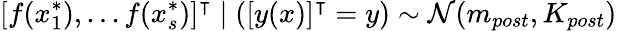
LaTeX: [f(x_{1}^{*}),...f(x_{s}^{*})]^{\intercal}\mid([y(x)]^{\intercal}=y)\sim{\mathcal{N}}(m_{post},K_{post})